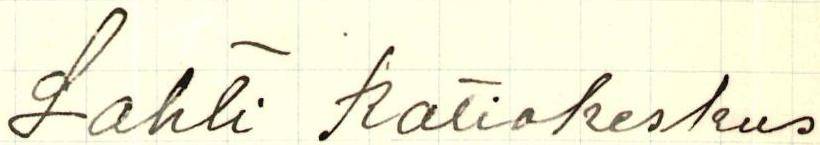
Lahti Ratiokeskus